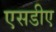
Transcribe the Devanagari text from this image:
एसडीए